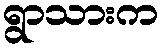
ရွာသားက